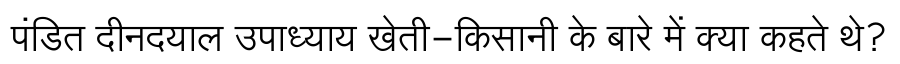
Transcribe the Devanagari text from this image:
पंडित दीनदयाल उपाध्याय खेती-किसानी के बारे में क्या कहते थे?